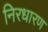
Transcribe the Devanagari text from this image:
निरधारण